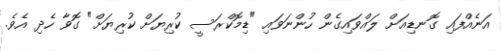
އަނެއްފައި ގޮނޑިއަށް ލައްވައިގެން ހުންނަވައި "ޑިމޮކްރަސީ ކުރިޔަށް ކުރިޔަށް" ގޮވާ ހެދި އެވެ.